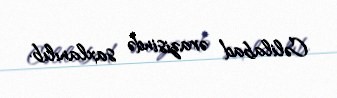
Cəlilabad ərazisində saxlanılıb.